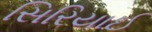
સિરિયાઈ